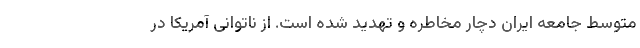
متوسط جامعه ایران دچار مخاطره و تهدید شده است. از ناتوانی آمریکا در